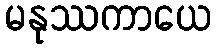
မနုဿကာယေ